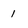
Character: 1